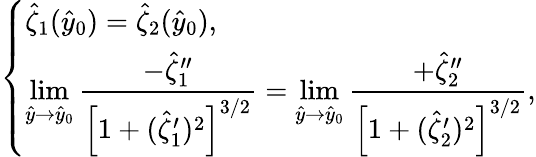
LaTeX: \left\{ \begin{array}{ll}{\hat{\zeta}_{1}(\hat{y}_{0})=\hat{\zeta}_{2}(\hat{y}_{0}),}\\ {\displaystyle\operatorname*{lim}_{\hat{y}\to\hat{y}_{0}}\frac{-\hat{\zeta}_{1}^{\prime\prime}}{\left[1+(\hat{\zeta}_{1}^{\prime})^{2}\right]^{3/2}}=\displaystyle\operatorname*{lim}_{\hat{y}\to\hat{y}_{0}}\frac{+\hat{\zeta}_{2}^{\prime\prime}}{\left[1+(\hat{\zeta}_{2}^{\prime})^{2}\right]^{3/2}},}\end{array}\right.